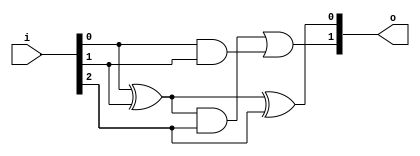
module f_adder(input [2:0] i, output [1:0] o);
    wire w0, w1, w2;
    assign w0 = i[0]^i[1];
    assign w1 = i[0]&i[1];
    assign o[0] = w0^i[2];
    assign w2 = w0&i[2];
    assign o[1] = w2|w1;
endmodule